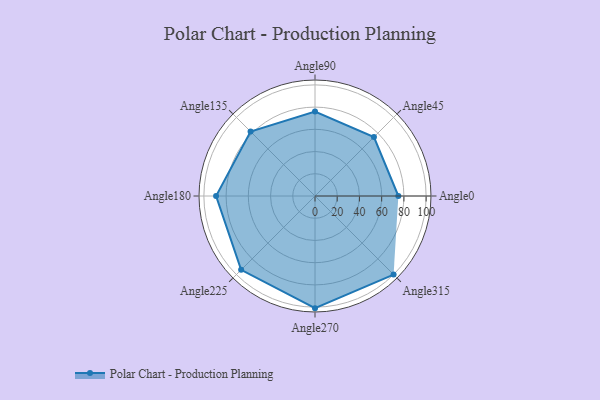
{"axis": {"x": "Angle", "y": "Radius"}, "legend": [""], "data": [{"x": "Angle0", "y": 75.0, "type": ""}, {"x": "Angle45", "y": 75.0, "type": ""}, {"x": "Angle90", "y": 76.0, "type": ""}, {"x": "Angle135", "y": 82.0, "type": ""}, {"x": "Angle180", "y": 89.0, "type": ""}, {"x": "Angle225", "y": 94.0, "type": ""}, {"x": "Angle270", "y": 101.0, "type": ""}, {"x": "Angle315", "y": 100.0, "type": ""}]}